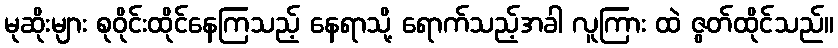
မုဆိုးများ စုဝိုင်းထိုင်နေကြသည့် နေရာသို့ ရောက်သည့်အခါ လူကြား ထဲ ဇွတ်ထိုင်သည်။